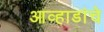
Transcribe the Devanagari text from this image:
आव्हाडांचे